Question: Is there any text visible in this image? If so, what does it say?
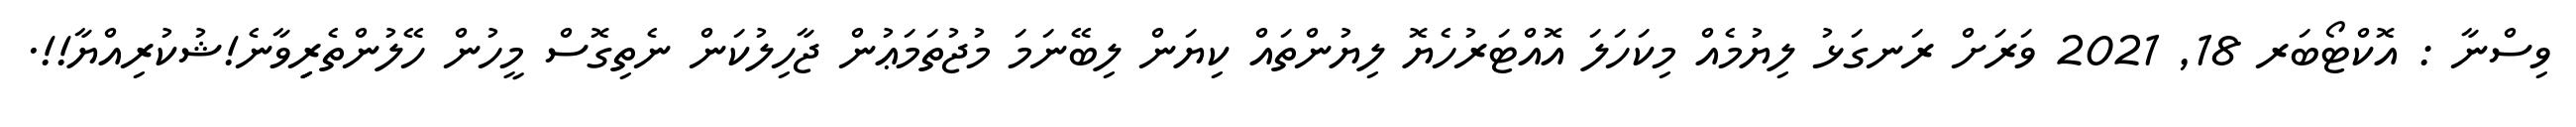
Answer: ވިސްނާ : އޮކްޓޯބަރ 18, 2021 ވަރަށް ރަނގަޅު ލިޔުމެއް މިކަހަލަ އޮއްޓަރުހެޔޮ ލިޔުންތައް ކިޔަން ލިބޭނަމަ މުޖުތަމަޢުން ޖާހިލުކަން ނެތިގޮސް މީހުން ހޭލުންތެރިިިވާނެ!ޝުކުރިއްޔާ!!.